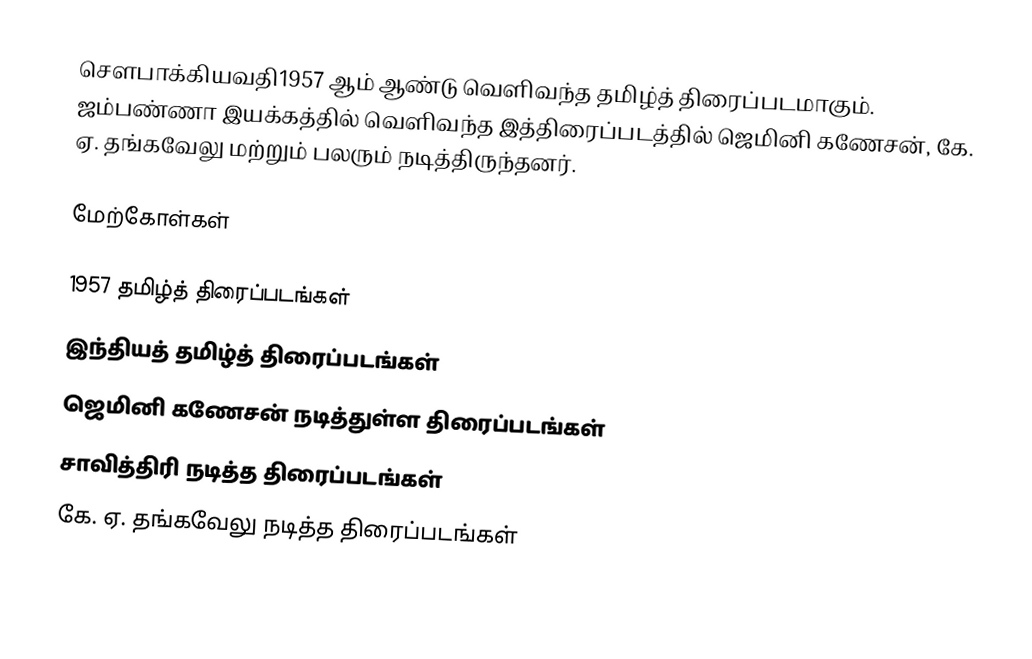
சௌபாக்கியவதி1957 ஆம் ஆண்டு வெளிவந்த தமிழ்த் திரைப்படமாகும். ஜம்பண்ணா இயக்கத்தில் வெளிவந்த இத்திரைப்படத்தில் ஜெமினி கணேசன், கே. ஏ. தங்கவேலு மற்றும் பலரும் நடித்திருந்தனர்.

மேற்கோள்கள்

1957 தமிழ்த் திரைப்படங்கள்
இந்தியத் தமிழ்த் திரைப்படங்கள்
ஜெமினி கணேசன் நடித்துள்ள திரைப்படங்கள்
சாவித்திரி நடித்த திரைப்படங்கள்
கே. ஏ. தங்கவேலு நடித்த திரைப்படங்கள்